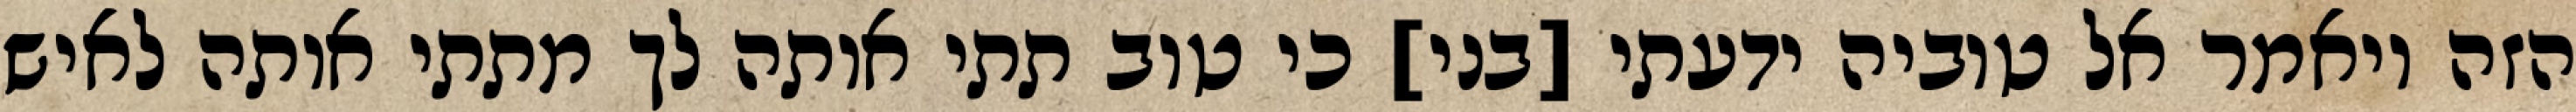
הזה ויאמר אל טוביה ידעתי [בני] כי טוב תתי אותה לך מתתי אותה לאיש